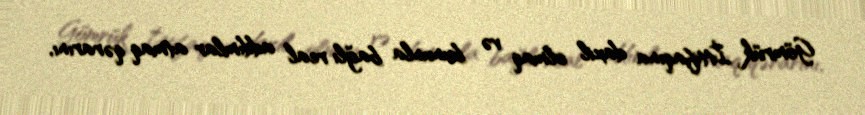
Gömrük İttifaqına daxil olmaq və bununla bağlı real addımlar atmaq qərarını,